Sketch of the medical history of the native army of Bombay, for the year
Year: 1872
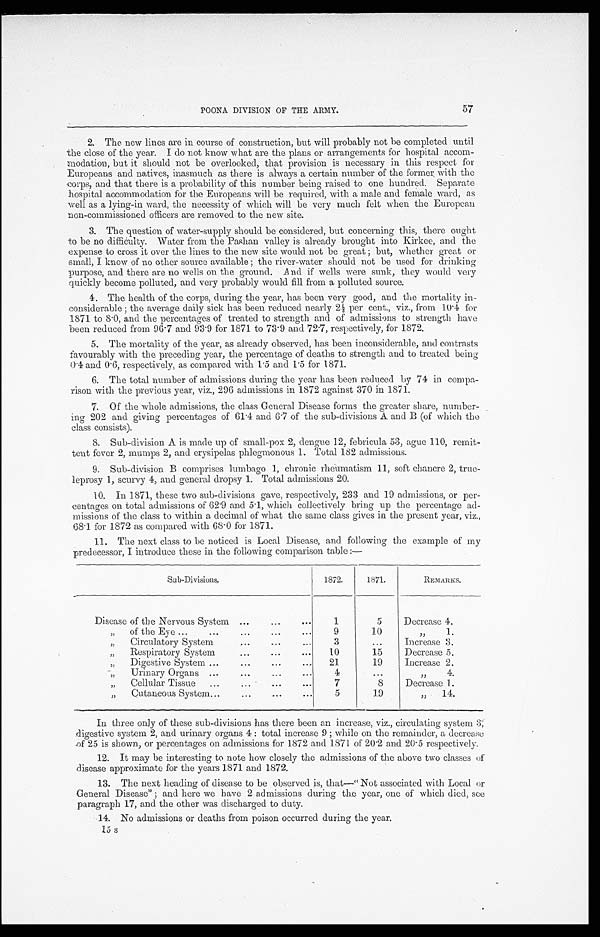
57
POONA DIVISION OF THE ARMY.
2. The new lines are in course of construction, but will probably not be completed until
the close of the year. I do not know what are the plans or arrangements for hospital accom--
modation, but it should not be overlooked, that provision is necessary in this respect for
Europeans and natives, inasmuch as there is always a certain number of the former with the
corps, and that there is a probability of this number being raised to one hundred. Separate
hospital accommodation for the Europeans will be required, with a male and female ward, as
well as a lying-in ward, the necessity of which will be very much felt when the European
non-commissioned officers are removed to the new site.
3. The question of water-supply should be considered, but concerning this, there ought
to be no difficulty. Water from the Pashan valley is already brought into kirkee, and the
expense to cross it over the lines to the new site would not be great; but, whether great or
small, I know of no other source available; the river-water should not be used for drinking
purpose, and there are no wells on the ground. And if wells were sunk, they would very
quickly become polluted, and very probably would fill from a polluted source.
4. The health of the corps, during the year, has been very good, and the mortality in
- c o n s i d e r a b l e ; t h e a v e r a g e d a i l y s i c k h a s b e e n r e d u c e d n e a r l y 2 ½ p e r c e n t . , v i z . , f r o m 1 0 . 4 f o r
1871 to 8.0, and the percentages of treated to strength and of admissions to strength have
been reduced from 96.7 and 93.9 for 1871 to 73.9 and 72.7, respectively, for 1872.
5. The mortality of the year, as already observed, has been inconsiderable, and contrasts
favourably with the preceding year, the percentage of deaths to strength and to treated being
0.4 and 0.6, respectively, as compared with 1.5 and 1.5 for 1871.
6. The total number of admissions during the year has been reduced by 74 in compa--
rison with the previous year, viz., 296 admissions in 1872 against 370 in 1871.
7. Of the whole admissions, the class General Disease forms the greater share, number--
ing 202 and giving percentages of 61.4 and 6.7 of the sub-divisions A and B (of which the
class consists).
8. Sub-division A is made up of small-pox 2, dengue 12, febricula 53, ague 110, remit--
tent fever 2, mumps 2, and erysipelas phlegmonous 1. Total 182 admissions.
9. Sub-division B comprises lumbago 1, chronic rheumatism 11, soft chancre 2, true
-leprosy 1, scurvy 4, and general dropsy 1. Total admissions 20.
10. In 1871, these two sub-divisions gave, respectively, 233 and 19 admissions, or per--
centages on total admissions of 62.9 and 5.1, which collectively bring up the percentage ad--
missions of the class to within a decimal of what the same class gives in the present year, viz.,
68.1 for 1872 as compared with 68.0 for 1871.
11. The next class to be noticed is Local Disease, and following the example of my
predecessor, I introduce these in the following comparison table :—
Sub-Divisions.
1872.
1871.
REMARKS.
Disease of the Nervous System . . .
1
5
Decrease 4.
" o f t h e E y e . . .
9
1 0
" 1.
" Circulatory System . . .
3
. . .
Increase 3.
" Respiratory System . . .
10
15
Decrease 5.
" D i g e s t i v e S y s t e m
. . .
21
19
Increase 2.
" Urinary Organs . . .
4
. . .
" 4.
" C e l l u l a r T i s s u e . . .
7
8
Decrease 1.
" Cutaneous System . . .
5
1 9
" 14.
In three only of these sub-divisions has there been an increase, viz., circulating system 3,
digestive system 2, and urinary organs 4: total increase 9; while on the remainder, a decrease
o f 2 5 i s s h o w n , o r p e r c e n t a g e s o n a d m i s s i o n s f o r 1 8 7 2 a n d 1 8 7 1 o f 2 0 . 2 a n d 2 0 . 5 r e s p e c t i v e l y .
12. It may be interesting to note how closely the admissions of the above two classes of
disease approximate for the years 1871 and 1872.
13. The next heading of disease to be observed is, that—"Not associated with Local or
General Disease"; and here we have 2 admissions during the year, one of which died, see
paragraph 17, and the other was discharged to duty.
1 4 . N o a d m i s s i o n s o r d e a t h s f r o m p o i s o n o c c u r r e d d u r i n g t h e y e a r .
15 s